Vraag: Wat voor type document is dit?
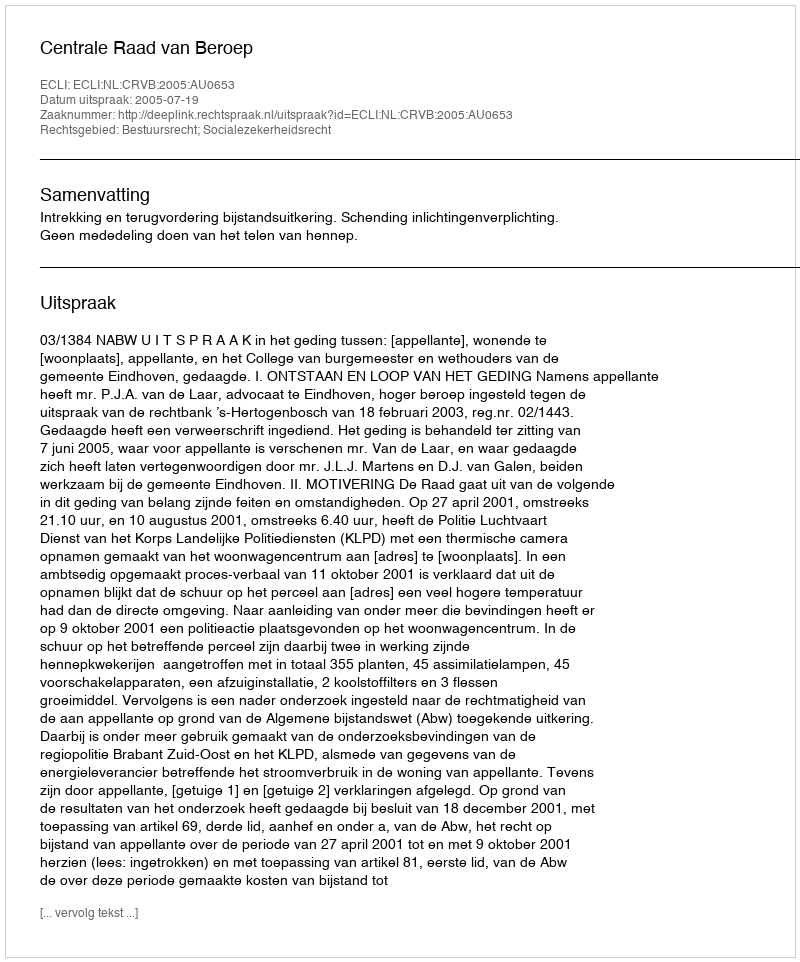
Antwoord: Uitspraak